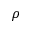
\rho